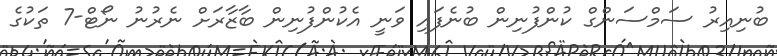
ބުނިއިރު ސަމްސަންގް ކުންފުނިން ބުނެފައި ވަނީ އެކުންފުނިން ބާޒާރަށް ނެރުނު ނޯޓް-7 ތަކުގެ